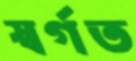
স্বর্গত